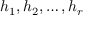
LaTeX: h _ { 1 } , h _ { 2 } , \ldots , h _ { r }